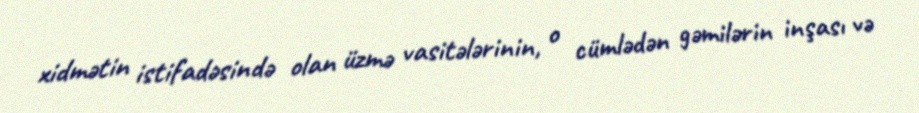
xidmətin istifadəsində olan üzmə vasitələrinin, o cümlədən gəmilərin inşası və